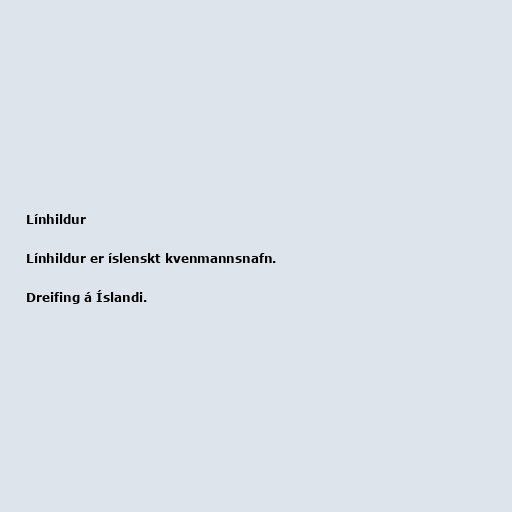
Línhildur

Línhildur er íslenskt kvenmannsnafn.

Dreifing á Íslandi.